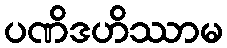
ပဏိဒဟိဿာမ